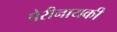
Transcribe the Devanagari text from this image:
पेरीनायकी